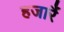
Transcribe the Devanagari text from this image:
हजारैं